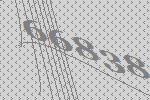
66838